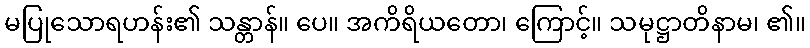
မပြုသောရဟန်း၏ သန္တာန်။ ပေ။ အကိရိယတော၊ ကြောင့်။ သမုဋ္ဌာတိနာမ၊ ၏။